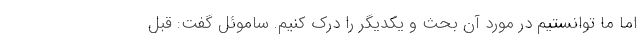
اما ما توانستیم در مورد آن بحث و یکدیگر را درک کنیم. ساموئل گفت: قبل